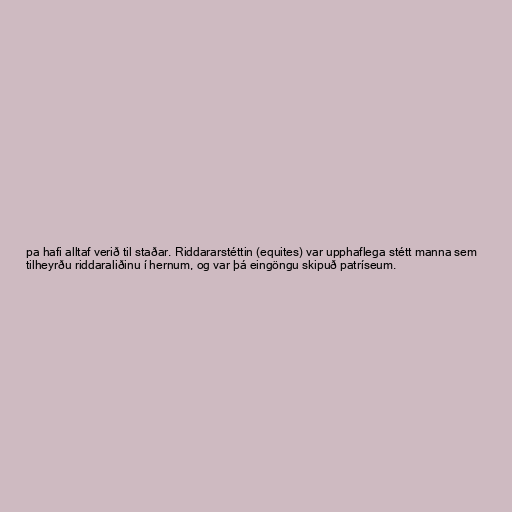
pa hafi alltaf verið til staðar. Riddararstéttin (equites) var upphaflega stétt manna sem
tilheyrðu riddaraliðinu í hernum, og var þá eingöngu skipuð patríseum.